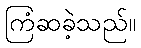
ကြံဆခဲ့သည်။